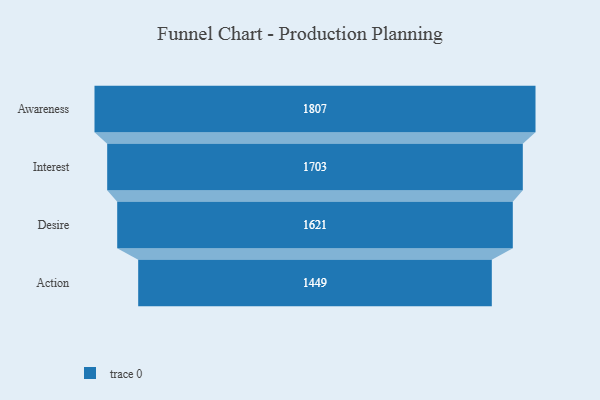
{"axis": {"x": "Stage", "y": "Value"}, "legend": [""], "data": [{"x": "Awareness", "y": 1807.0, "type": ""}, {"x": "Interest", "y": 1703.0, "type": ""}, {"x": "Desire", "y": 1621.0, "type": ""}, {"x": "Action", "y": 1449.0, "type": ""}]}